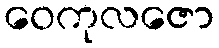
ဝေကုလဇော